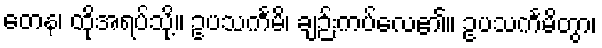
တေန၊ ထိုအရပ်သို့။ ဥပသင်္ကမိ၊ ချဉ်းကပ်လေ၏။ ဥပသင်္ကမိတွာ၊